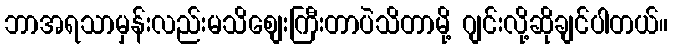
ဘာအရသာမှန်းလည်းမသိစျေးကြီးတာပဲသိတာမို့ ဂျင်းလို့ဆိုချင်ပါတယ်။